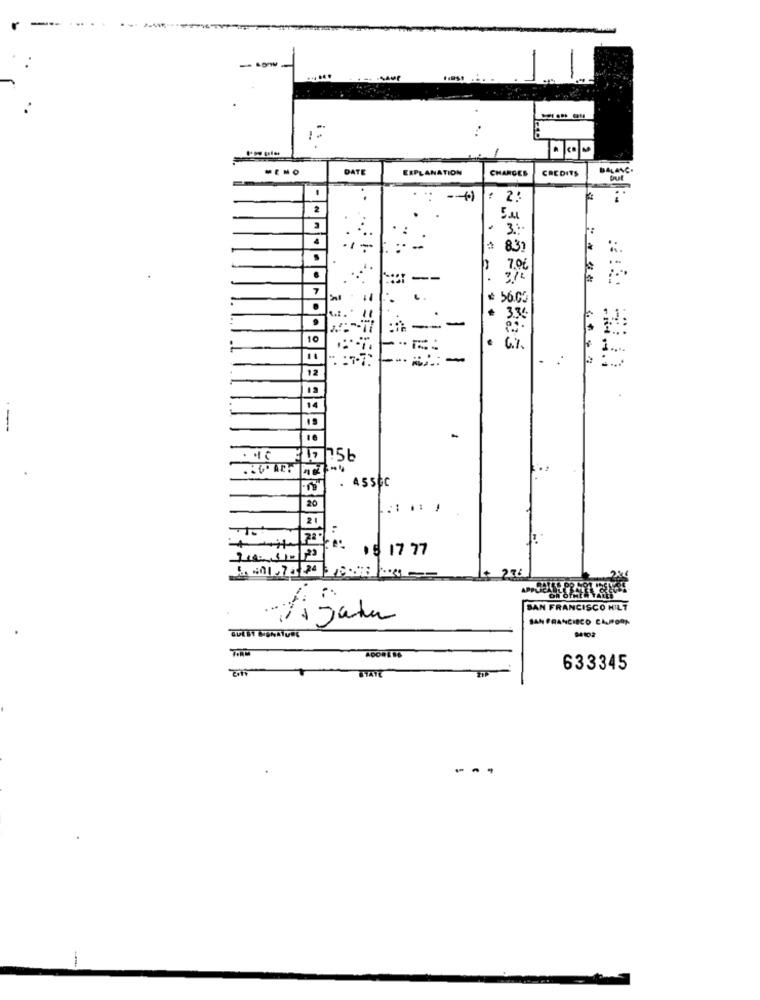
MENO
DATE
EXPLANATION
CHARGES
CREDITS
.-
2
:
3.
-/-
--
837
7.06
--
7
¥ 56.05
.
-
3.36
10
-
6%
1 ...
-
12
14
16
-
4550C
HE
20
21
15 17 77
SAN FRANCISCO HILT
25 Jahn
SAN FRANCISCO CALIFORN
STATE
633345
..